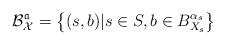
LaTeX: \begin{align*}\mathcal B_{\mathcal X}^{\mathfrak a} = \left \{(s, b) | s \in S, b \in B_{X_s}^{\alpha_s}\right \}\end{align*}